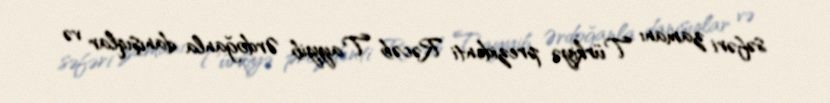
səfəri zamanı Türkiyə prezidenti Rəcəb Tayyib Ərdoğanla danışıqlar və